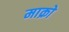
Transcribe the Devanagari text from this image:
माक्रो